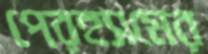
পেরহ্যামের